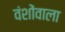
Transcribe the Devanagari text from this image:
वंशोंवाला